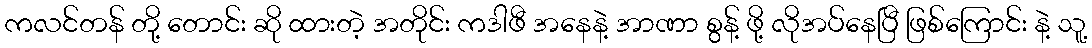
ကလင်တန် တို့ တောင်း ဆို ထားတဲ့ အတိုင်း ကဒါဖီ အနေနဲ့ အာဏာ စွန့် ဖို့ လိုအပ်နေပြီ ဖြစ်ကြောင်း နဲ့ သူ့